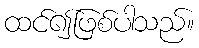
ထင်၍ဖြစ်ပါသည်။